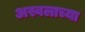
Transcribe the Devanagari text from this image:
अस्वलाच्या